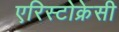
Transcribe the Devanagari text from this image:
एरिस्टोक्रेसी